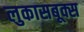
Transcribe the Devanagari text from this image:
लुकासबूक्स